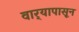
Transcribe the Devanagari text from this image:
वार्‍यापासून